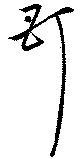
玎